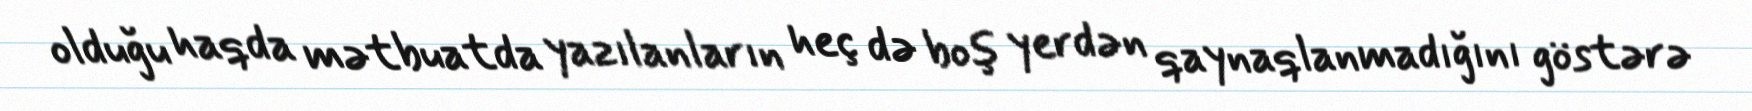
olduğu haqda mətbuatda yazılanların heç də boş yerdən qaynaqlanmadığını göstərə